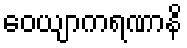
ဝေယျာကရဏာနိ